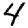
Digit: 4